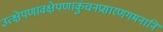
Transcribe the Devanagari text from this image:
उत्क्षेपणावक्षेपणाकुंचनप्रसारणगमनानि